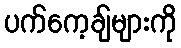
ပက်ကေ့ချ်များကို